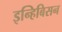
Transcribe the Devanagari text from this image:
इन्हिबिसन